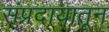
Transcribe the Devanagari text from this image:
संप्रदायातून